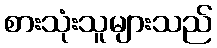
စားသုံးသူများသည်